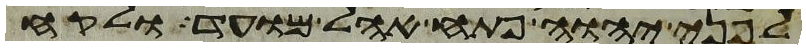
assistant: לפני יהוה פתח אהל מועד ולקח